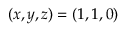
( x , y , z ) = ( 1 , 1 , 0 )